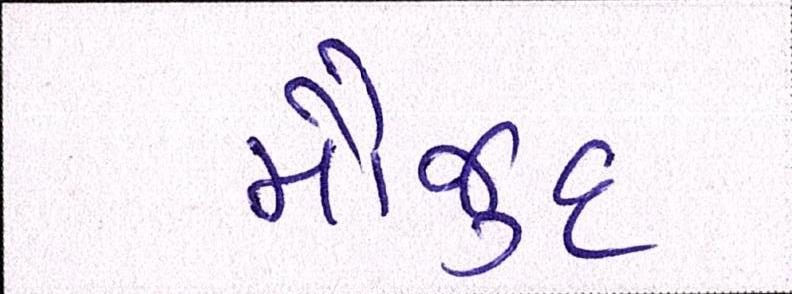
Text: મૌજુદ